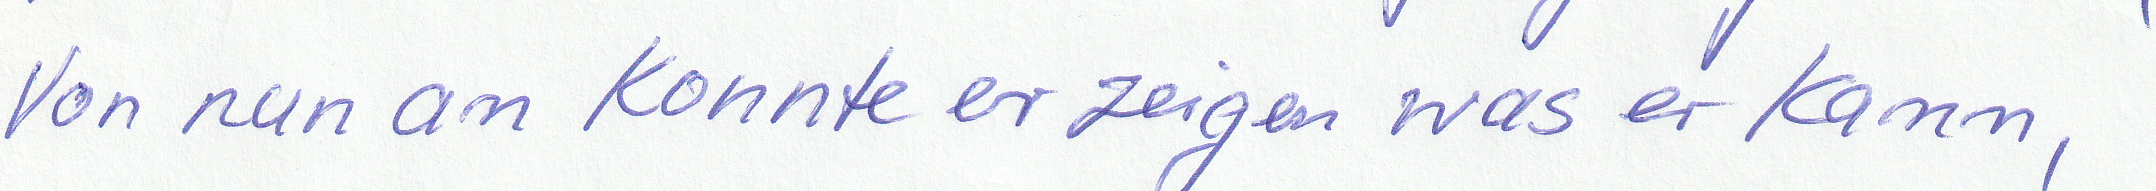
Von nun an konnte er zeigen was er kann,